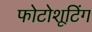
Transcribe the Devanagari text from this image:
फोटोशूटिंग